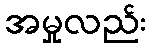
အမှုလည်း